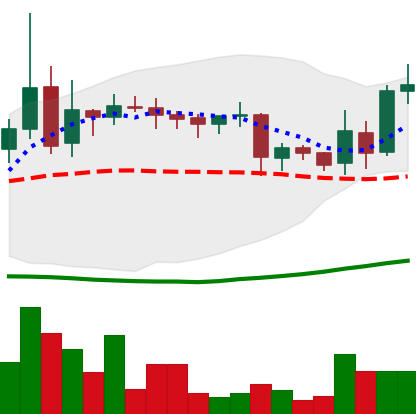
Ticker: LINK-USD
Chart end date: 2019-03-28
Forward return: 16.053%
Label: up_7plus